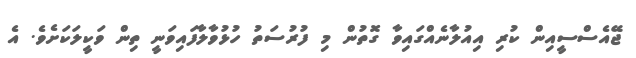
ޖޭއެސްސީއިން ކުރި އިއުލާނެއްގައިވާ ގޮތުން މި ފުރުސަތު ހުޅުވާލާފައިވަނީ ތިން ވަކީލަކަށެވެ. އެ